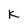
Character: K